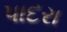
પાદરા